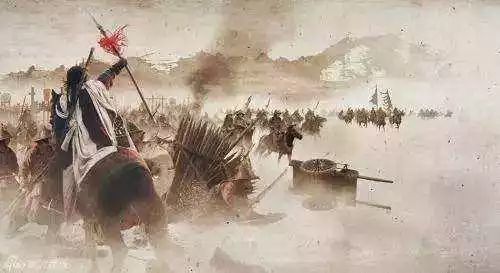
沙场烽火连胡月，海畔云山拥蓟城。